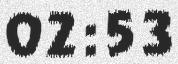
02:53